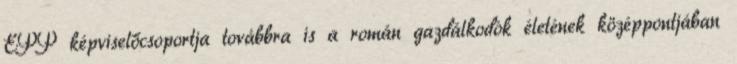
EPP képviselőcsoportja továbbra is a román gazdálkodók életének középpontjában